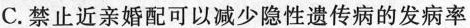
C.禁止近亲婚配可以减少隐性遗传病的发病率